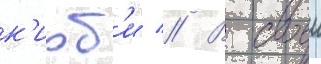
к'ирб'и // В своеи